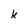
Character: k